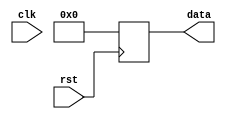
module reset_behavioral(
  input wire clk,
  input wire rst,
  output reg [7:0] data
);

  always @(negedge rst) begin
    if (rst == 1'b0) begin
      data <= 8'b0; //Reset data to 0 on falling edge of reset signal
    end
  end

endmodule